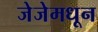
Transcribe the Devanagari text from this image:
जेजेमधून